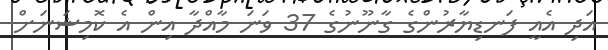
އަދި އެއީ ފަނޑިޔާރުންގެ ގާނޫނުގެ 37 ވަނަ މާއްދާ އިން އެ ކޮމިޝަނަށް